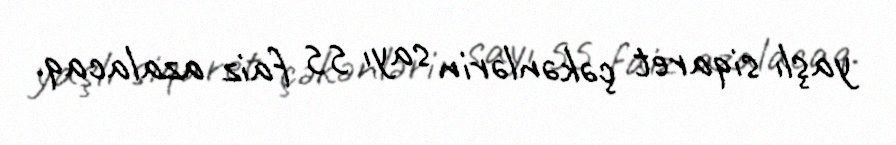
yaşlı siqaret çəkənlərin sayı 55 faiz azalacaq.